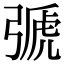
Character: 𢐋